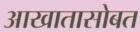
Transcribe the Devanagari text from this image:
आखातासोबत